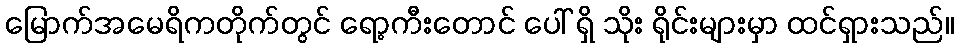
မြောက်အမေရိကတိုက်တွင် ရော့ကီးတောင် ပေါ် ရှိ သိုး ရိုင်းများမှာ ထင်ရှားသည်။